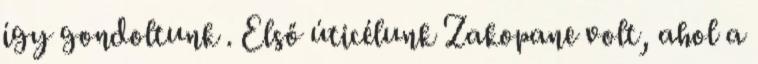
így gondoltunk . Első úticélunk Zakopane volt, ahol a